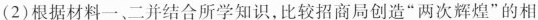
(2)根据材料一、二并结合所学知识，比较招商局创造”两次辉煌”的相